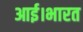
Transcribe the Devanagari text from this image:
आई।भारत